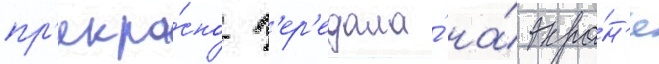
пр'екра́сно п'ер'едала́ на́ экра́н'е